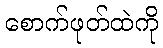
စောက်ဖုတ်ထဲကို